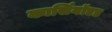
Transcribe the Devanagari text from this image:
कार्सिनॉएड